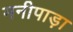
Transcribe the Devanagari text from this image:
मनीपाड़ा